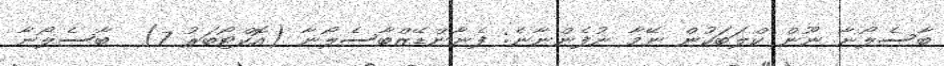
ބާސެލޯނާ ނޫން ކްލަބަކުން ނޭމާ ނުފެންނާނެ: ފެނާންޑޭޒްބާސެލޯނާ (އޮކްޓޯބަރު 7)  ބާސެލޯނާ